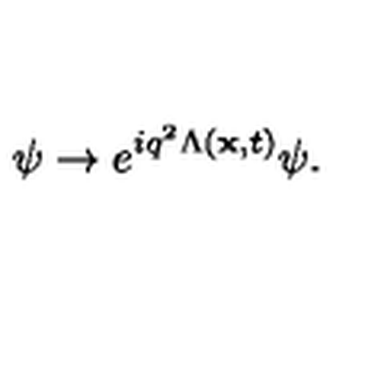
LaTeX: \psi \rightarrow e ^ { i q ^ { 2 } \Lambda ( { \bf x } , t ) } \psi .